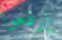
إرفعوا